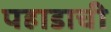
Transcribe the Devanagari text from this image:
पहाडाची